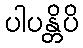
ပါပန္တိပိ